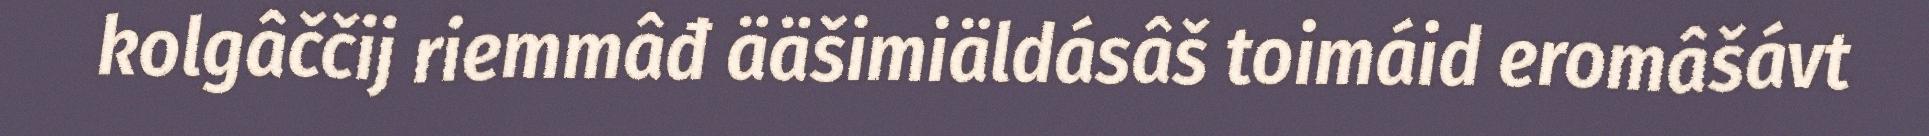
kolgâččij riemmâđ ääšimiäldásâš toimáid eromâšávt